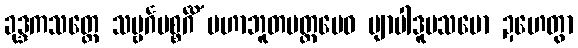
ခုဒ္ဒကသတ္ထေ သဗ္ဗင်္ဂပစ္စင်္ဂိံ မဟာဘူတမတ္တမေဝ ဗျာပါဒူပသမော ဍဟေတွာ